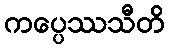
ကပ္ပေဿသီတိ